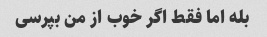
بله اما فقط اگر خوب از من بپرسی